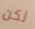
لكن